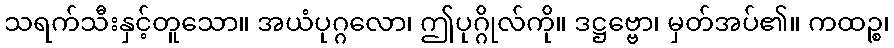
သရက်သီးနှင့်တူသော။ အယံပုဂ္ဂလော၊ ဤပုဂ္ဂိုလ်ကို။ ဒဋ္ဌဗ္ဗော၊ မှတ်အပ်၏။ ကထဉ္စ၊